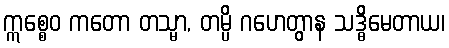
ဣစ္စေဝ ကတော တသ္မာ, တမ္ပိ ဂဟေတွာန သဒ္ဓိမေတာယ၊